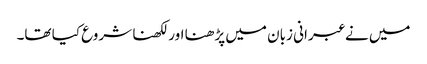
میں نے عبرانی زبان میں پڑھنا اور لکھنا شروع کیا تھا۔